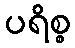
ပရိစ္စ